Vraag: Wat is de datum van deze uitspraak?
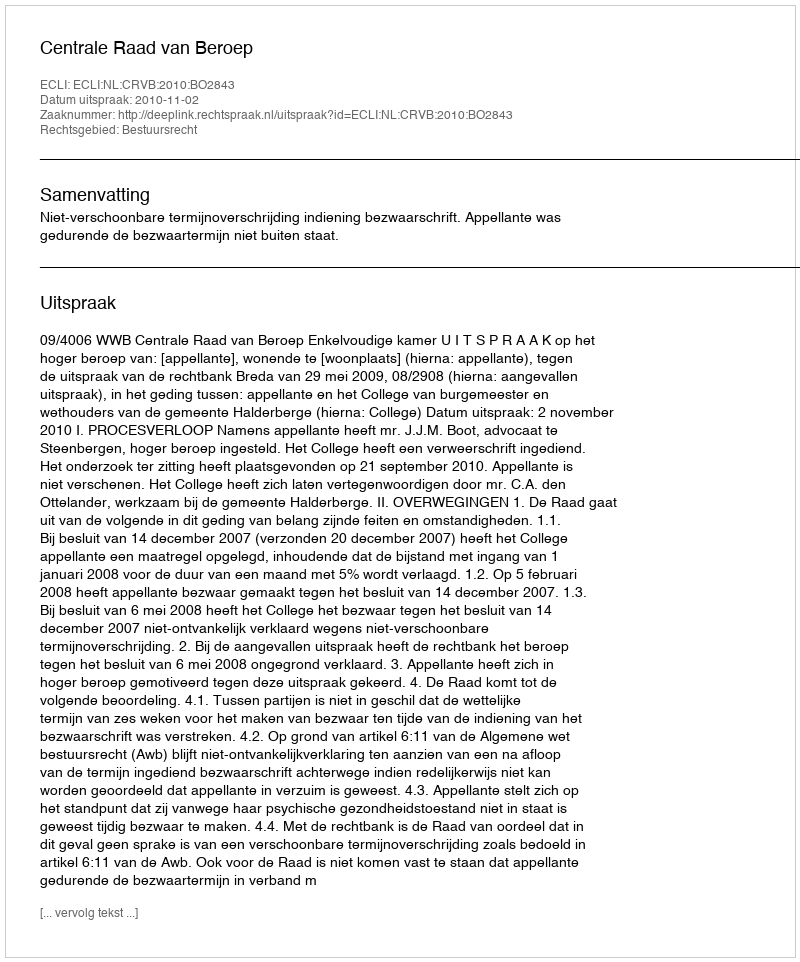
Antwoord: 2010-11-02